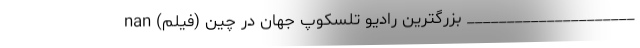
_____________________ بزرگترین رادیو تلسکوپ جهان در چین (فیلم) nan